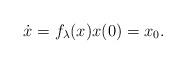
LaTeX: \begin{align*}\dot{x}=f_\lambda(x) x(0)=x_{0}.\end{align*}